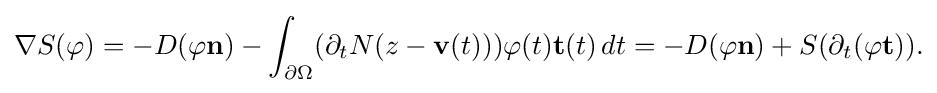
\displaystyle {\nabla S(\varphi )=-D(\varphi \mathbf {n} )-\int _{\partial \Omega }(\partial _{t}N(z-\mathbf {v} (t)))\varphi (t)\mathbf {t} (t)\,dt=-D(\varphi \mathbf {n} )+S(\partial _{t}(\varphi \mathbf {t} )).}